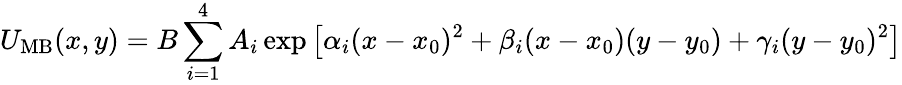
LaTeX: U_{\mathrm{MB}}(x,y)=B\sum_{i=1}^{4}A_{i}\exp\left[\alpha_{i}(x-x_{0})^{2}+\beta_{i}(x-x_{0})(y-y_{0})+\gamma_{i}(y-y_{0})^{2}\right]